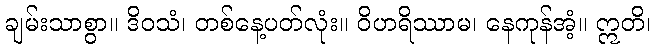
ချမ်းသာစွာ။ ဒိဝသံ၊ တစ်နေ့ပတ်လုံး။ ဝိဟရိဿာမ၊ နေကုန်အံ့။ ဣတိ၊